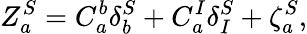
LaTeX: Z_{a}^{S}=C_{a}^{b}\delta_{b}^{S}+C_{a}^{I}\delta_{I}^{S}+\zeta_{a}^{S},